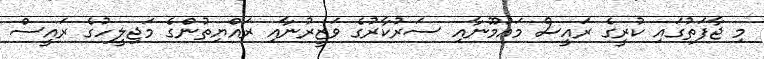
މި ޖާފަތުގައި ކުރީގެ ރައީސް މައުމޫނާއި ސަރުކާރުގެ ވަޒީރުނާއި ރައްޔިތުންގެ މަޖިލީހުގެ ރައީސް